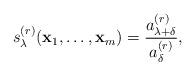
LaTeX: \begin{align*}s_{\lambda}^{(r)}(\mathbf{x}_1, \ldots, \mathbf{x}_m) = \frac{a_{\lambda + \delta}^{(r)}}{a_{\delta}^{(r)}},\end{align*}